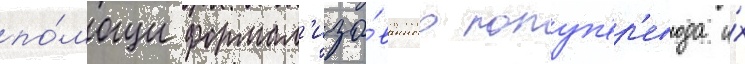
по́мощи формал'изо́ванного полуп'ер'евода и́х